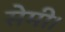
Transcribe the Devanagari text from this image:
सेमी।